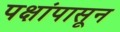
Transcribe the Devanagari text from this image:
पक्षांपासून